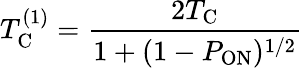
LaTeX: T_{\mathrm{C}}^{(1)}=\frac{2T_{\mathrm{C}}}{1+(1-P_{\mathrm{ON}})^{1/2}}